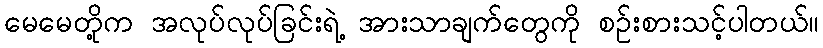
မေမေတို့က အလုပ်လုပ်ခြင်းရဲ့ အားသာချက်တွေကို စဉ်းစားသင့်ပါတယ်။